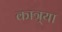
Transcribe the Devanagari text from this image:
कात्र्या